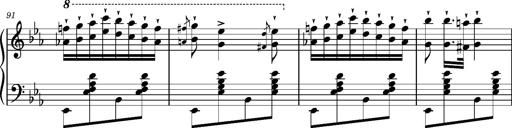
Title: Magyar rapszÃ³diÃ¡k
Composer: Franz Liszt